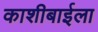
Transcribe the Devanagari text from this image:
काशीबाईला